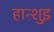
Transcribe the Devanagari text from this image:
हान्शुइ